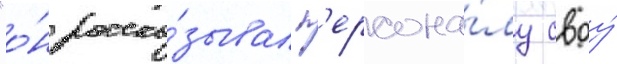
"о́н расска́зывал п'ерсона́лу своу́